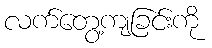
လက်တွေ့ကျခြင်းကို